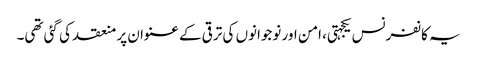
یہ کانفرنس یکجہتی، امن اور نوجوانوں کی ترقی کے عنوان پر منعقد کی گئی تھی۔